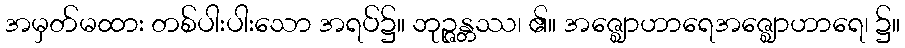
အမှတ်မထား တစ်ပါးပါးသော အရပ်၌။ ဘုဉ္ဇန္တဿ၊ ၏။ အဇ္ဈောဟာရေအဇ္ဈောဟာရေ၊ ၌။